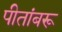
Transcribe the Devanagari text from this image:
पीतांबरू